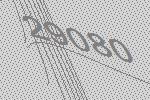
29080